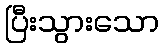
ပြီးသွားသော